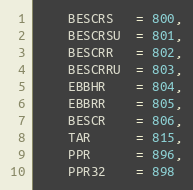
Language: C
    BESCRS   = 800,
    BESCRSU  = 801,
    BESCRR   = 802,
    BESCRRU  = 803,
    EBBHR    = 804,
    EBBRR    = 805,
    BESCR    = 806,
    TAR      = 815,
    PPR      = 896,
    PPR32    = 898